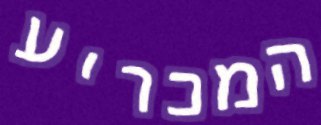
המכריע